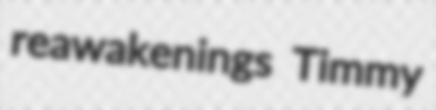
reawakenings Timmy